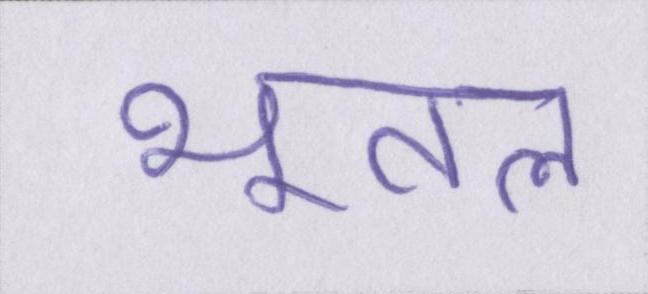
भूतल